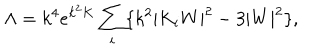
\Lambda = k ^ { 4 } e ^ { k ^ { 2 } K } \sum _ { i } \{ k ^ { 2 } | K _ { i } W | ^ { 2 } - 3 | W | ^ { 2 } \} ,